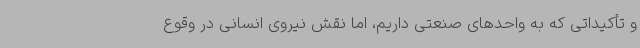
و تأکیداتی که به واحدهای صنعتی داریم، اما نقش نیروی انسانی در وقوع